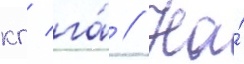
кг/ га́ // На́